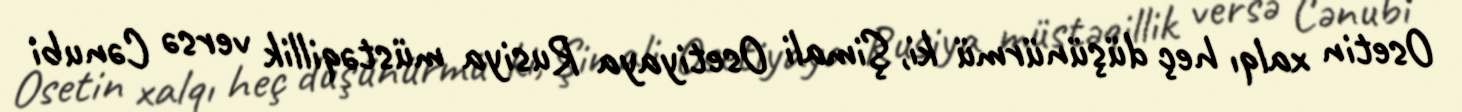
Osetin xalqı heç düşünürmü ki, Şimali Osetiyaya Rusiya müstəqillik versə Cənubi